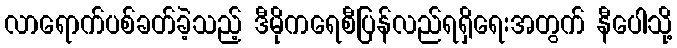
လာရောက်ပစ်ခတ်ခဲ့သည့် ဒီမိုကရေစီပြန်လည်ရရှိရေးအတွက် နီပေါသို့